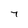
Character: 7